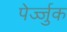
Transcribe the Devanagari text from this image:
पेर्ज्जुक